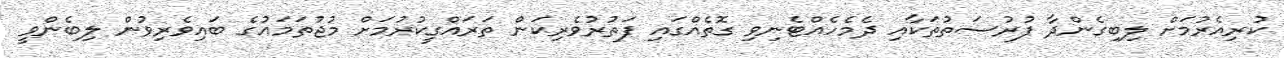
ކުރިއެރުމަށް ލިބިގެންދާ ފުރުސަތުތަކާއި ދެމެހެއްޓެނިވި ގޮތެއްގައި ފަތުރުވެރިކަން ތަރައްގީކުރުމަށް މުޖުތަމައުގެ ބައިވެރިވުން ލިބެންވީ